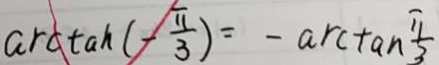
\arctan ( - \frac { \pi } { 3 } ) = - \arctan \frac { \pi } { 3 }